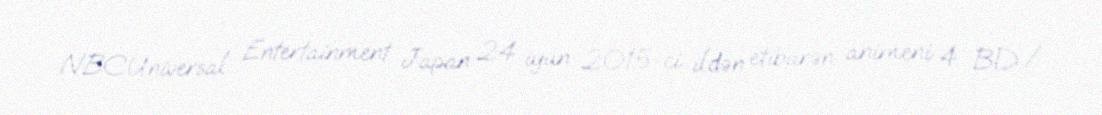
NBCUniversal Entertainment Japan 24 iyun 2015-ci ildən etibarən animeni 4 BD /